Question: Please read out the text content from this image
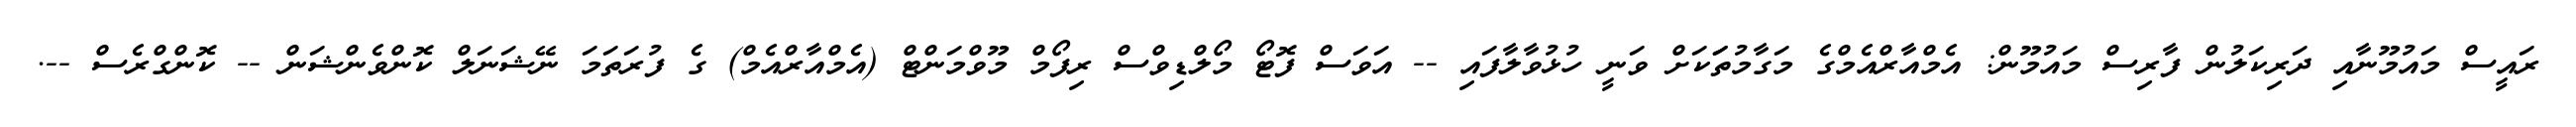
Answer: ރައީސް މައުމޫނާއި ދަރިކަލުން ފާރިސް މައުމޫން: އެމްއާރްއެމްގެ މަގާމުތަަކަށް ވަނީ ހުޅުވާލާފައި -- އަވަސް ފޮޓޯ މޯލްޑިވްސް ރިފޯމް މޫވްމަންޓް (އެމްއާރްއެމް) ގެ ފުރަތަމަ ނޭޝަނަލް ކޮންވެންޝަން -- ކޮންގްރެސް --.